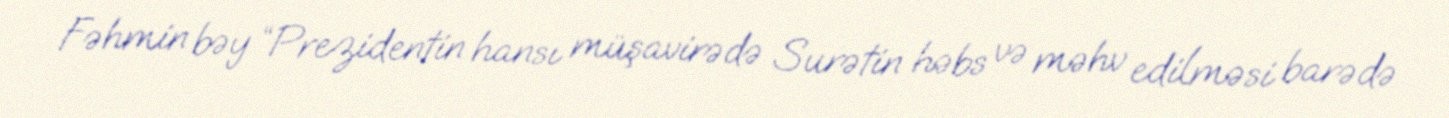
Fəhmin bəy “Prezidentin hansı müşavirədə Surətin həbs və məhv edilməsi barədə